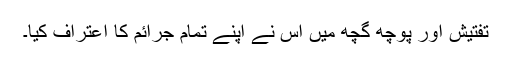
تفتیش اور پوچھ گچھ میں اُس نے اپنے تمام جرائم کا اعتراف کیا۔